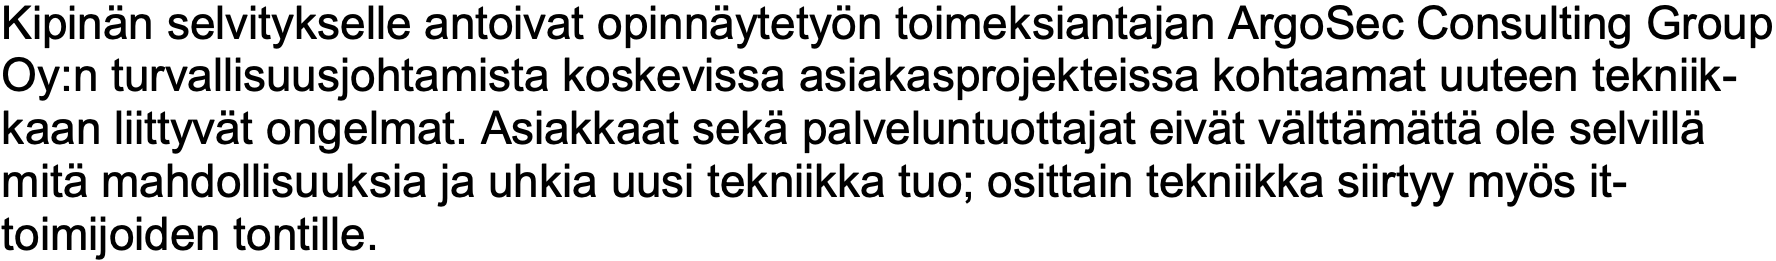
Kipinän selvitykselle antoivat opinnäytetyön toimeksiantajan ArgoSec Consulting Group Oy:n turvallisuusjohtamista koskevissa asiakasprojekteissa kohtaamat uuteen tekniik- kaan liittyvät ongelmat. Asiakkaat sekä palveluntuottajat eivät välttämättä ole selvillä mitä mahdollisuuksia ja uhkia uusi tekniikka tuo; osittain tekniikka siirtyy myös it- toimijoiden tontille.